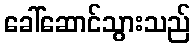
ခေါ်ဆောင်သွားသည်